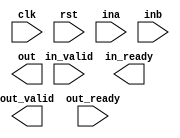
/*
Copyright 2021 GaoZiBo <diyer175@hotmail.com>
Powered by YSYX https://oscpu.github.io/ysyx

Licensed under The MIT License (MIT).
-------------------------------------
Permission is hereby granted, free of charge, to any person obtaining a copy of
this software and associated documentation files (the "Software"), to deal in
the Software without restriction, including without limitation the rights to
use, copy, modify, merge, publish, distribute, sublicense, and/or sell copies of
the Software, and to permit persons to whom the Software is furnished to do so,
subject to the following conditions:

The above copyright notice and this permission notice shall be included in all
copies or substantial portions of the Software.

THE SOFTWARE IS PROVIDED "AS IS", WITHOUT WARRANTY OF ANY KIND, EXPRESS OR
IMPLIED,INCLUDING BUT NOT LIMITED TO THE WARRANTIES OF MERCHANTABILITY, FITNESS
FOR A PARTICULAR PURPOSE AND NONINFRINGEMENT. IN NO EVENT SHALL THE AUTHORS OR
COPYRIGHT HOLDERS BE LIABLE FOR ANY CLAIM, DAMAGES OR OTHER LIABILITY, WHETHER
IN AN ACTION OF CONTRACT, TORT OR OTHERWISE, ARISING FROM, OUT OF OR IN
CONNECTION WITH THE SOFTWARE OR THE USE OR OTHER DEALINGS IN THE SOFTWARE.
 */

module mul_booth
#(
   parameter DW = 8
)
(
   input                               clk,
   input                               rst,
   input [DW-1:0]                      ina,
   input [DW-1:0]                      inb,
   input                               in_valid,
   output                              in_ready,
   output [DW*2-1:0]                   out,
   output                              out_valid,
   input                               out_ready
);
   

endmodule